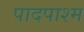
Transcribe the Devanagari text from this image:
पादपाश्म